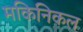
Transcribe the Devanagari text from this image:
मकिनिकल